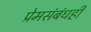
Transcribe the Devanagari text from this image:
प्रेमसंबंधही